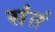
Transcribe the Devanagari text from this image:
संतं